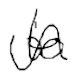
Text: to
Cross-out: wave
Writing tool: digital_black